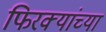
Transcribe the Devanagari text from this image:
फिरक्यांच्या